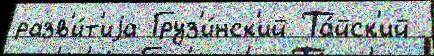
разв'и́т'иjа Груз'и́нск'ий Та́йск'ий